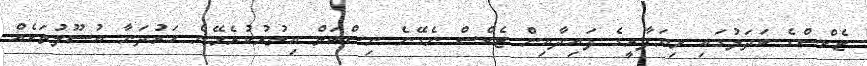
ޓެކްސްގެ ބަދަލުގައި ވިޔަފާރީގެ ފައިދާއިން ޓެކްސް ނެގޭނެ ނިސްބަތް އިތުރުކުރެވޭނެ ހަރުދަނާ އުސޫލުތަކެއް